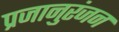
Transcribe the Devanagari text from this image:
प्रजानुरंजन